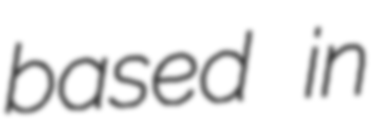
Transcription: based in